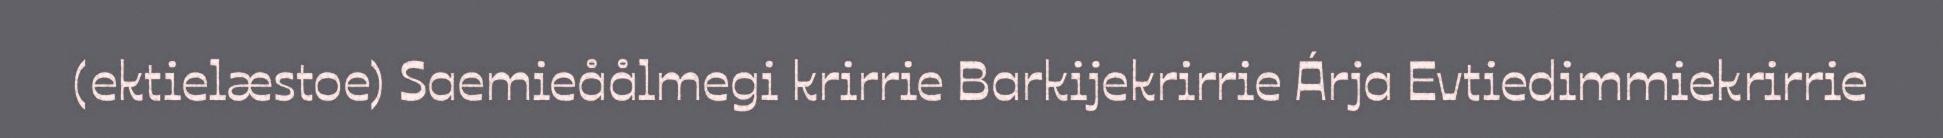
(ektielæstoe) Saemieåålmegi krirrie Barkijekrirrie Árja Evtiedimmiekrirrie